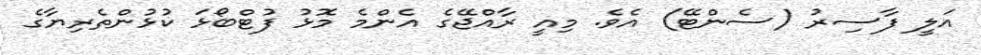
އަލީ ފާސިރު (ސެންޓޭ) އެވެ. މިއީ ރާއްޖޭގެ އެންމެ މޮޅު ފުޓްބޯޅަ ކުޅުންތެރިޔާގެ